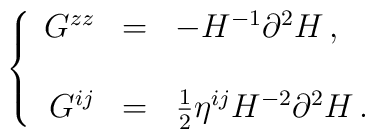
\left\{\begin{array}{rcl}G^{zz} & = & -H^{-1}\partial^{2}H\, ,\\& & \\G^{ij} & = & \frac{1}{2}\eta^{ij}H^{-2}\partial^{2}H\, .\end{array}\right.